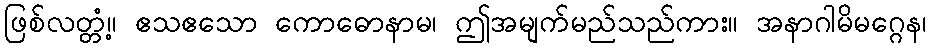
ဖြစ်လတ္တံ့။ ဧသဧသော ကောဓောနာမ၊ ဤအမျက်မည်သည်ကား။ အနာဂါမိမဂ္ဂေန၊